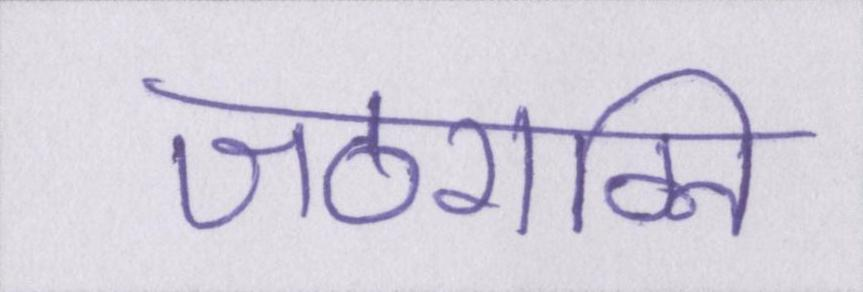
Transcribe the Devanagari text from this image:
जठराग्नि